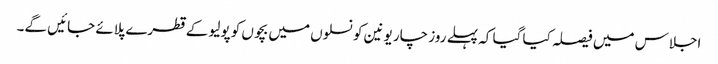
اجلاس میں فیصلہ کیا گیا کہ پہلے روز چار یونین کونسلوں میں بچوں کو پولیو کے قطرے پلائے جائیں گے۔